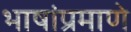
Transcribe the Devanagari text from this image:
भाषांप्रमाणे